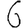
Digit: 6